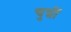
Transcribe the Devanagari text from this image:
चुन्नीं